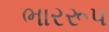
ભારરૂપ